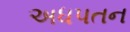
અધપતન